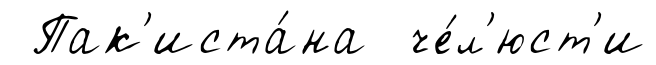
Пак'иста́на че́л'юст'и